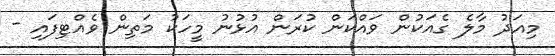
މިއަދު މާލެ ގެއަކުން ވައްކަން ކުރަން އުޅުނު މީހަކު މަތިން ވެއްޓިފައި -